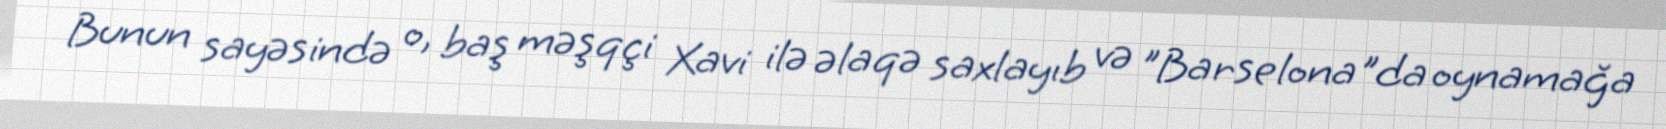
Bunun sayəsində o, baş məşqçi Xavi ilə əlaqə saxlayıb və "Barselona"da oynamağa